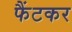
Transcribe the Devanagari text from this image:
फैंटकर